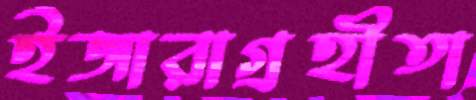
ইজারাগ্রহীতা